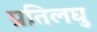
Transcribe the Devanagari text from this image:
प्रतिलघु